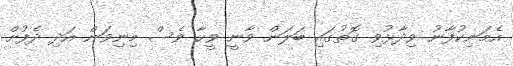
އެމަނިކުފާނު ވިދާޅުވި ގޮތުގައި ބަލަން ވާނީ ވީހާ ވެސް މިނިވަން އަދި ދެފުށް